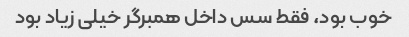
خوب بود، فقط سس داخل همبرگر خیلی زیاد بود